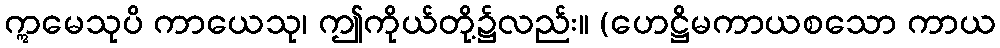
ဣမေသုပိ ကာယေသု၊ ဤကိုယ်တို့၌လည်း။ (ဟေဋ္ဌိမကာယစသော ကာယ